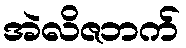
အဲလိဇဘက်